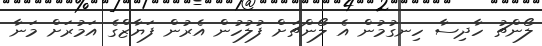
ލޯންޗު ހާދިސާ ހިނގުމުން އެ ލޯންޗަށް ފުލުހުން އެރުން ފަޔާޒްގެެ އަމުރަށް މަނާ